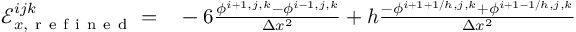
\begin{array} { r l } { \mathcal { E } _ { x , \mathrm { ~ r ~ e ~ f ~ i ~ n ~ e ~ d ~ } } ^ { i j k } = } & { { } - 6 \frac { \phi ^ { i + 1 , j , k } - \phi ^ { i - 1 , j , k } } { \Delta x ^ { 2 } } + h \frac { - \phi ^ { i + 1 + 1 / h , j , k } + \phi ^ { i + 1 - 1 / h , j , k } } { \Delta x ^ { 2 } } } \end{array}